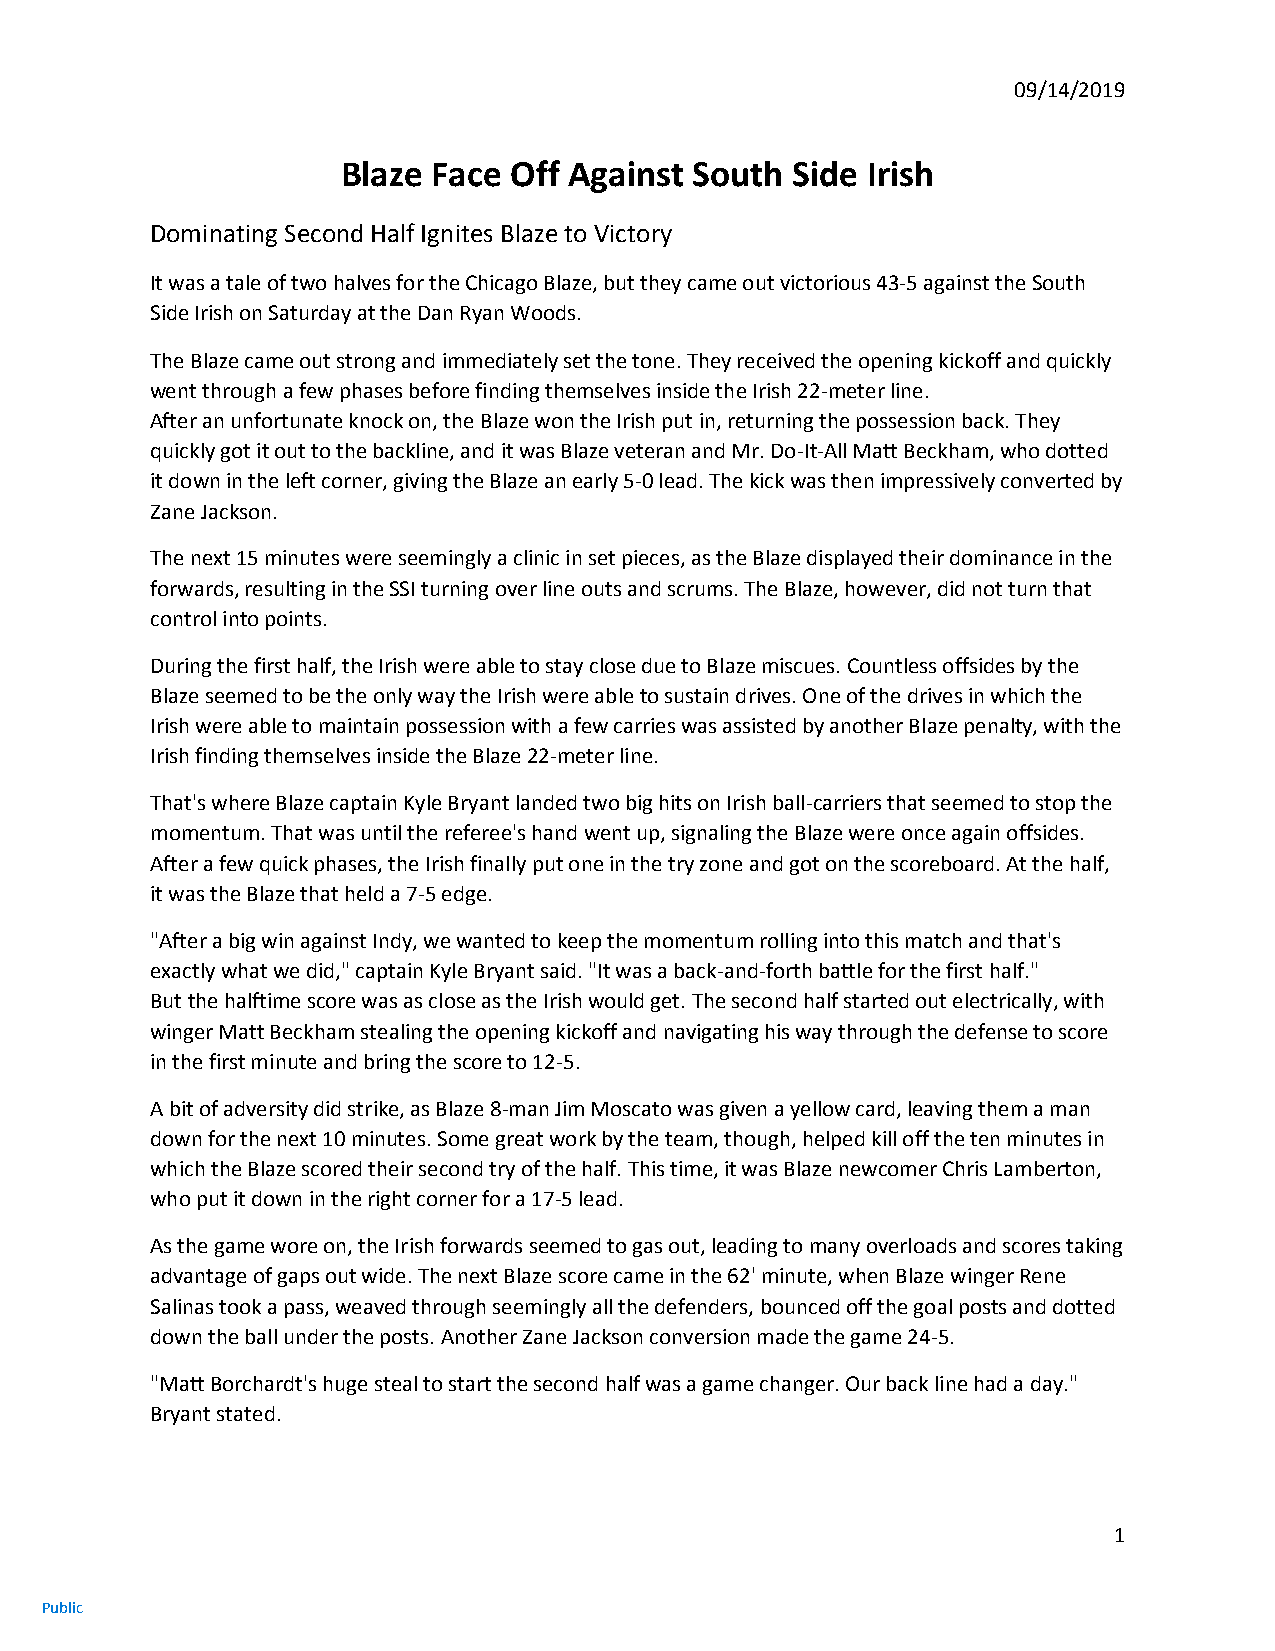
09/14/2019
 Blaze Face Off Against South Side Irish
 Dominating Second Half Ignites Blaze to Victory
 It was a tale of two halves for the Chicago Blaze, but they came out victorious 43-5 against the South
 Side Irish on Saturday at the Dan Ryan Woods.
 The Blaze came out strong and immediately set the tone. They received the opening kickoff and quickly
 went through a few phases before finding themselves inside the Irish 22-meter line.
 After an unfortunate knock on, the Blaze won the Irish put in, returning the possession back. They
 quickly got it out to the backline, and it was Blaze veteran and Mr. Do-It-All Matt Beckham, who dotted
 it down in the left corner, giving the Blaze an early 5-0 lead. The kick was then impressively converted by
 Zane Jackson.
 The next 15 minutes were seemingly a clinic in set pieces, as the Blaze displayed their dominance in the
 forwards, resulting in the SSI turning over line outs and scrums. The Blaze, however, did not turn that
 control into points.
 During the first half, the Irish were able to stay close due to Blaze miscues. Countless offsides by the
 Blaze seemed to be the only way the Irish were able to sustain drives. One of the drives in which the
 Irish were able to maintain possession with a few carries was assisted by another Blaze penalty, with the
 Irish finding themselves inside the Blaze 22-meter line.
 That's where Blaze captain Kyle Bryant landed two big hits on Irish ball-carriers that seemed to stop the
 momentum. That was until the referee's hand went up, signaling the Blaze were once again offsides.
 After a few quick phases, the Irish finally put one in the try zone and got on the scoreboard. At the half,
 it was the Blaze that held a 7-5 edge.
 "After a big win against Indy, we wanted to keep the momentum rolling into this match and that's
 exactly what we did," captain Kyle Bryant said. "It was a back-and-forth battle for the first half."
 But the halftime score was as close as the Irish would get. The second half started out electrically, with
 winger Matt Beckham stealing the opening kickoff and navigating his way through the defense to score
 in the first minute and bring the score to 12-5.
 A bit of adversity did strike, as Blaze 8-man Jim Moscato was given a yellow card, leaving them a man
 down for the next 10 minutes. Some great work by the team, though, helped kill off the ten minutes in
 which the Blaze scored their second try of the half. This time, it was Blaze newcomer Chris Lamberton,
 who put it down in the right corner for a 17-5 lead.
 As the game wore on, the Irish forwards seemed to gas out, leading to many overloads and scores taking
 advantage of gaps out wide. The next Blaze score came in the 62' minute, when Blaze winger Rene
 Salinas took a pass, weaved through seemingly all the defenders, bounced off the goal posts and dotted
 down the ball under the posts. Another Zane Jackson conversion made the game 24-5.
 "Matt Borchardt's huge steal to start the second half was a game changer. Our back line had a day."
 Bryant stated.
 1
 Public